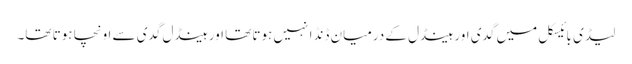
لیڈی بائیسکل میں گدی اور ہینڈل کے درمیان ڈنڈا نہیں ہوتا تھا اور ہینڈل گدی سے اونچا ہوتا تھا۔